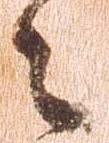
々